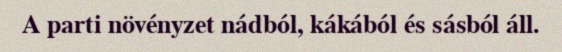
A parti növényzet nádból, kákából és sásból áll.